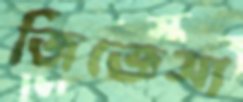
জিজ্ঞেসা